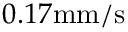
0 . 1 7 \mathrm { m m / s }